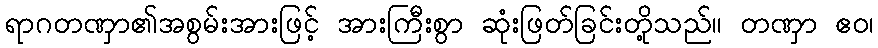
ရာဂတဏှာ၏အစွမ်းအားဖြင့် အားကြီးစွာ ဆုံးဖြတ်ခြင်းတို့သည်။ တဏှာ ဧဝ၊